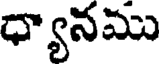
ధ్యానము